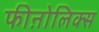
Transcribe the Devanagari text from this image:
फीऩोलिक्स